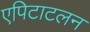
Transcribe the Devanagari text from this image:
एपिटाटलन